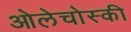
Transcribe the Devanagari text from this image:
ओलेचोस्की